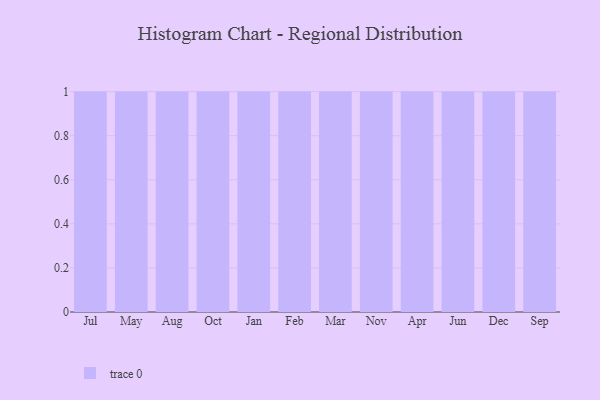
{"axis": {"x": "Month", "y": "Humidity (%)"}, "legend": [""], "data": [{"x": "Jul", "y": 70, "type": ""}, {"x": "May", "y": 26, "type": ""}, {"x": "Aug", "y": 94, "type": ""}, {"x": "Oct", "y": 36, "type": ""}, {"x": "Jan", "y": 94, "type": ""}, {"x": "Feb", "y": 30, "type": ""}, {"x": "Mar", "y": 84, "type": ""}, {"x": "Nov", "y": 69, "type": ""}, {"x": "Apr", "y": 47, "type": ""}, {"x": "Jun", "y": 33, "type": ""}, {"x": "Dec", "y": 83, "type": ""}, {"x": "Sep", "y": 7, "type": ""}]}